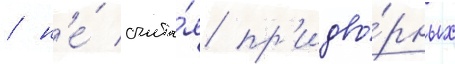
/ н'е́ счита́я пр'идво́рных